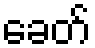
ခေတ်